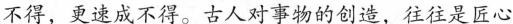
不得，更速成不得。古人对事物的创造，往往是匠心